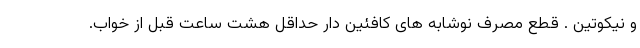
و نیکوتین . قطع مصرف نوشابه های کافئین دار حداقل هشت ساعت قبل از خواب.